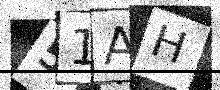
Text: 51AH